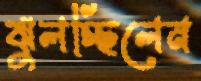
ঝুলচ্ছিলেন